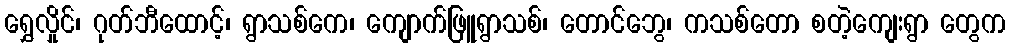
ရွှေလှိုင်၊ ဂုတ်ဘီထောင့်၊ ရွာသစ်ကေ၊ ကျောက်ဖြူရွာသစ်၊ တောင်ဘွေ၊ ကသစ်တော စတဲ့ကျေးရွာ တွေက